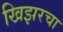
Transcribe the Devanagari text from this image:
खिझरचा